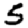
Digit: 5